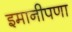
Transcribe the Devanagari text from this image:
इमानीपणा